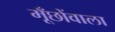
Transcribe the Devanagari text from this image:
मूँछोंवाला